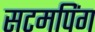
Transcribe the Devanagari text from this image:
सटमपिंग